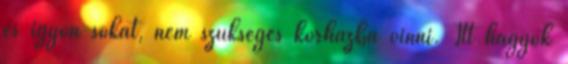
és igyon sokat, nem szükséges kórházba vinni. Itt hagyok